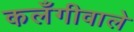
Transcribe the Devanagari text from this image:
कलँगीवाले